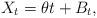
LaTeX: \begin{align*}X_t = \theta t + B_t,\end{align*}